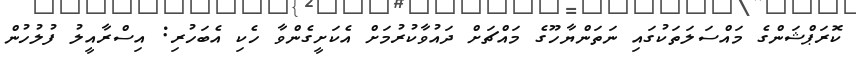
ކޮރަޕްޝަންގެ މައްސަލަތަކުގައި ނަތަންޔާހޫގެ މައްޗަށް ދައުވާކުރުމަށް އެކަށީގެންވާ ހެކި އެބަހުރި: އިސްރާއީލު ފުލުހުން